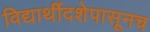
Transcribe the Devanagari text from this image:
विद्यार्थीदशेपासूनच